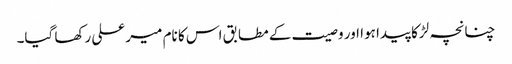
چنانچہ لڑکا پیدا ہوا اور وصیت کے مطابق اس کا نام میر علی رکھا گیا۔